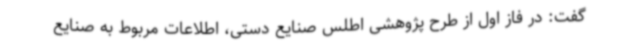
گفت: در فاز اول از طرح پژوهشی اطلس صنایع دستی، اطلاعات مربوط به صنایع